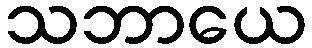
သဘာယေ